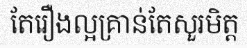
តែរឿងល្អគ្រាន់តែសួរមិត្ត